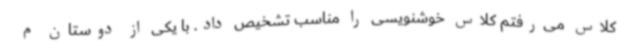
کلاس می‌رفتم کلاس خوشنویسی را مناسب تشخیص داد. با یکی از دوستان م